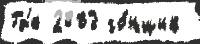
Гд'е 2003 го́нщик